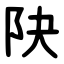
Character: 䦼